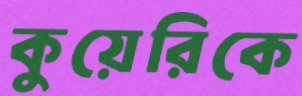
কুয়েরিকে